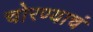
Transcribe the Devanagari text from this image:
चोरण्याचं